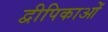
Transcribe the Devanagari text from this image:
द्वीपिकाओं